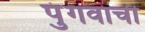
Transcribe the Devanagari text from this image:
पुंगवाची